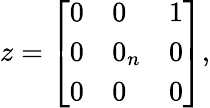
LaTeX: z={\left[\begin{array}{lll}{0}&{0}&{1}\\ {0}&{0_{n}}&{0}\\ {0}&{0}&{0}\end{array}\right]},